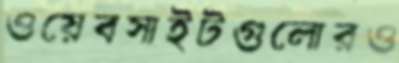
ওয়েবসাইটগুলোরও